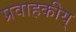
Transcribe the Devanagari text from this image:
प्रवाहकीय्